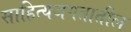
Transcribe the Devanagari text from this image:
साहित्यजगतातील